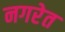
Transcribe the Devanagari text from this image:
नगरेत